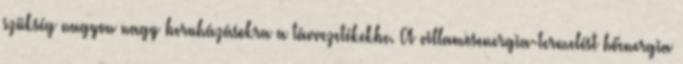
szükség nagyon nagy beruházásokra a távvezetékekbe. A villamosenergia-termelést hőenergia